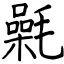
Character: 氉